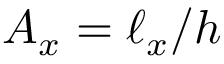
A _ { x } = \ell _ { x } / h